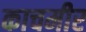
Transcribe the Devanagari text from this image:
काचमीर